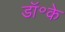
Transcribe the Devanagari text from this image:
डॉ॰के